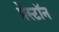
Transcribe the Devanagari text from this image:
प्रेस्टॉन